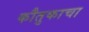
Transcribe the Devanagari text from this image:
कौतुकाचा